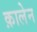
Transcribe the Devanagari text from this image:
क़ालेन